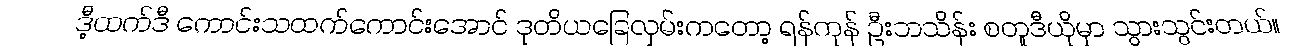
ဒီ့ထက်ဒီ ကောင်းသထက်ကောင်းအောင် ဒုတိယခြေလှမ်းကတော့ ရန်ကုန် ဦးဘသိန်း စတူဒီယိုမှာ သွားသွင်းတယ်။